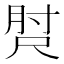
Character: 𡬰